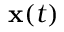
\mathbf { x } ( t )